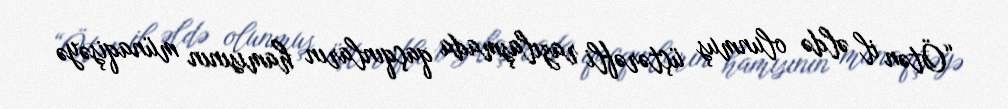
“Ötən il əldə olunmuş üçtərəfli razılaşmada qaçqınların hamısının münaqişəyə